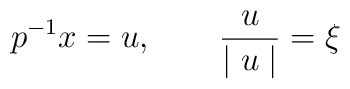
p^{-1}x =u,~~~~~~\frac{u}{\mid u\mid }= \xi